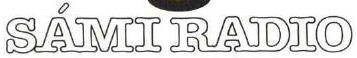
SÁMI RADIO